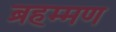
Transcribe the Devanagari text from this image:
ब्रहम्मण